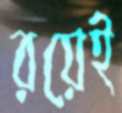
রয়েই